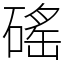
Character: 磘